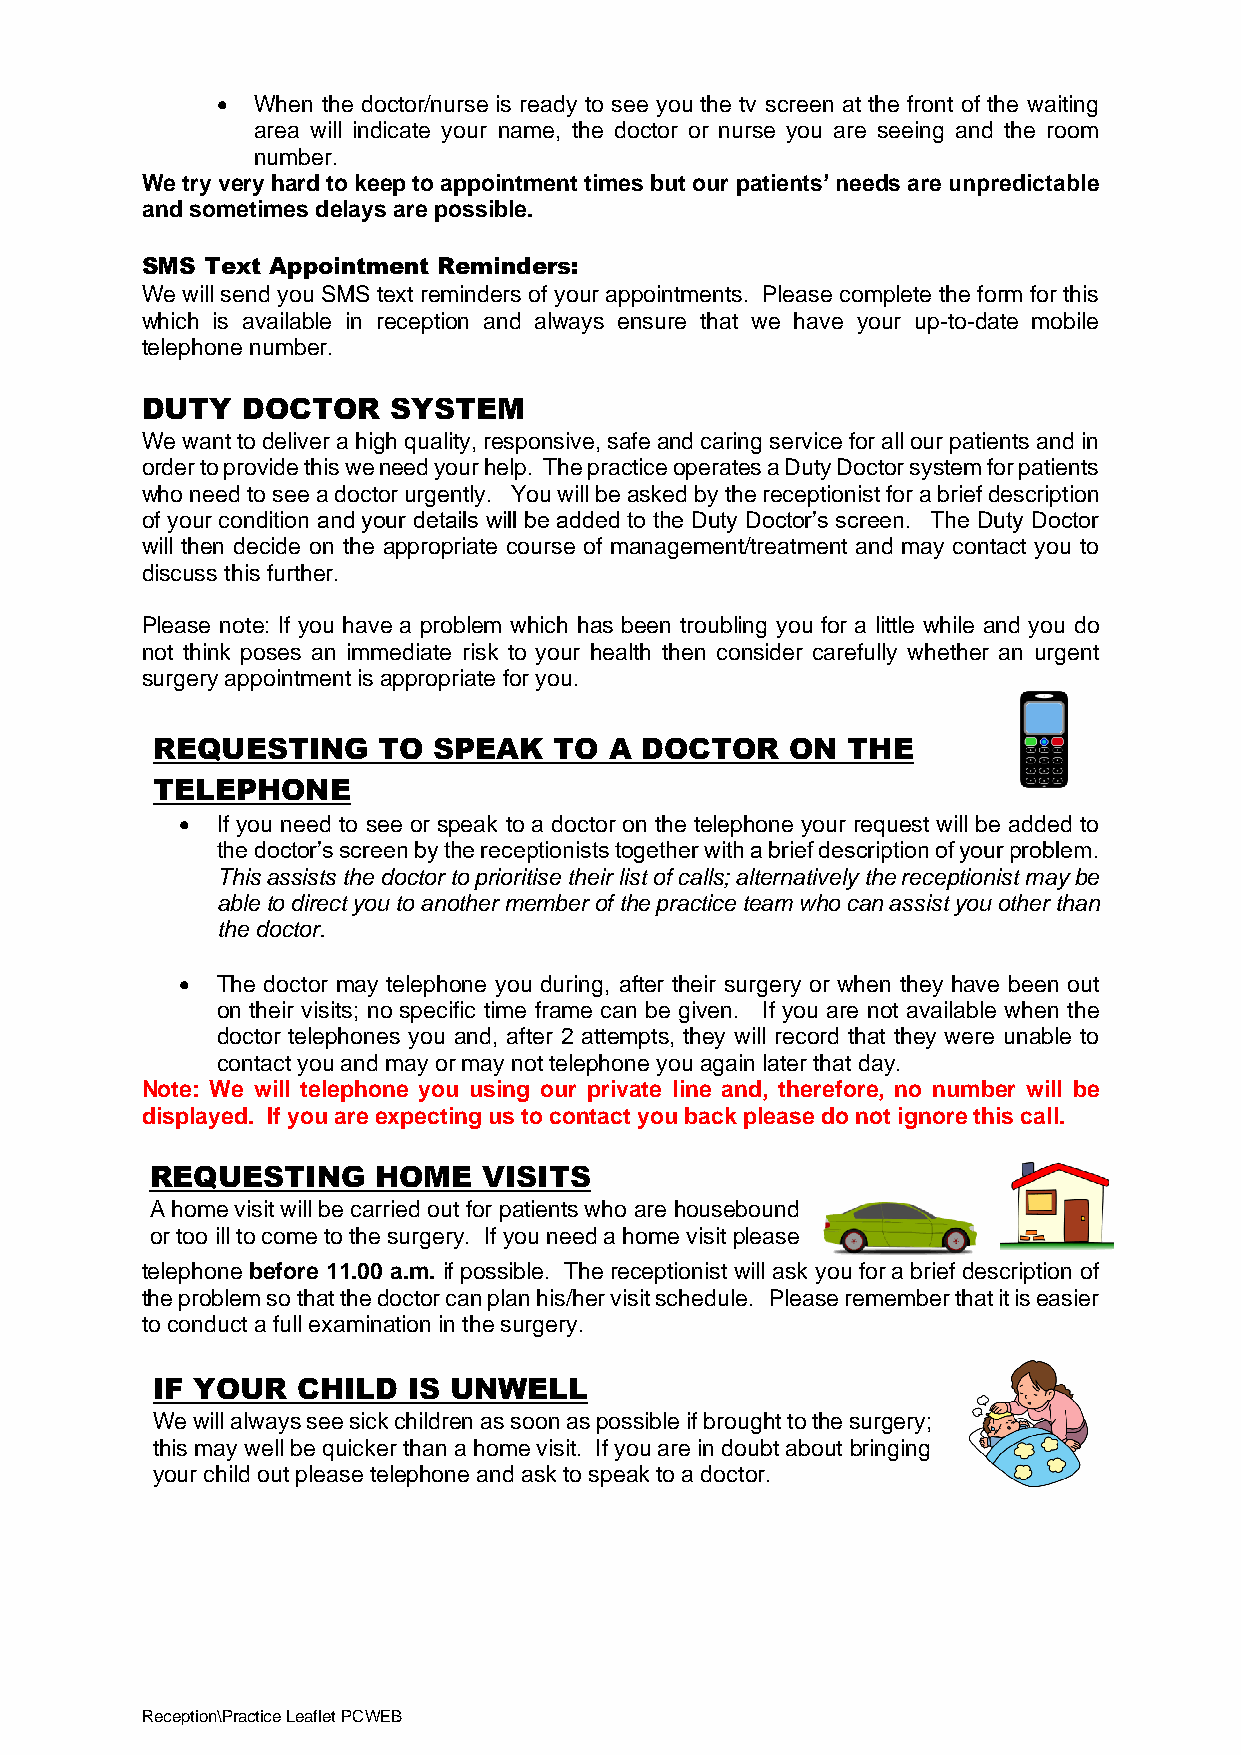
•  When the doctor/nurse is ready to see you the tv screen at the front of the waiting
 area will indicate your name, the doctor or nurse you are seeing and the room
 number.
 We try very hard to keep to appointment times but our patients’ needs are unpredictable
 and sometimes delays are possible.
 SMS  Text Appointment Reminders:
 We will send you SMS text reminders of your appointments. Please complete the form for this
 which is available in reception and always ensure that we have your up-to-date mobile
 telephone number.
 DUTY   DOCTOR    SYSTEM
 We want to deliver a high quality, responsive, safe and caring service for all our patients and in
 order to provide this we need your help. The practice operates a Duty Doctor system for patients
 who need to see a doctor urgently. You will be asked by the receptionist for a brief description
 of your condition and your details will be added to the Duty Doctor’s screen. The Duty Doctor
 will then decide on the appropriate course of management/treatment and may contact you to
 discuss this further.
 Please note: If you have a problem which has been troubling you for a little while and you do
 not think poses an immediate risk to your health then consider carefully whether an urgent
 surgery appointment is appropriate for you.
 REQUESTING     TO  SPEAK   TO A DOCTOR    ON  THE
 TELEPHONE
 • If you need to see or speak to a doctor on the telephone your request will be added to
 the doctor’s screen by the receptionists together with a brief description of your problem.
 This assists the doctor to prioritise their list of calls; alternatively the receptionist may be
 able to direct you to another member of the practice team who can assist you other than
 the doctor.
 • The doctor may telephone you during, after their surgery or when they have been out
 on their visits; no specific time frame can be given. If you are not available when the
 doctor telephones you and, after 2 attempts, they will record that they were unable to
 contact you and may or may not telephone you again later that day.
 Note: We will telephone you using our private line and, therefore, no number will be
 displayed. If you are expecting us to contact you back please do not ignore this call.
 REQUESTING     HOME   VISITS
 A home visit will be carried out for patients who are housebound
 or too ill to come to the surgery. If you need a home visit please
 telephone before 11.00 a.m. if possible. The receptionist will ask you for a brief description of
 the problem so that the doctor can plan his/her visit schedule. Please remember that it is easier
 to conduct a full examination in the surgery.
 IF YOUR   CHILD  IS UNWELL
 We will always see sick children as soon as possible if brought to the surgery;
 this may well be quicker than a home visit. If you are in doubt about bringing
 your child out please telephone and ask to speak to a doctor.
 Reception\Practice Leaflet PCWEB